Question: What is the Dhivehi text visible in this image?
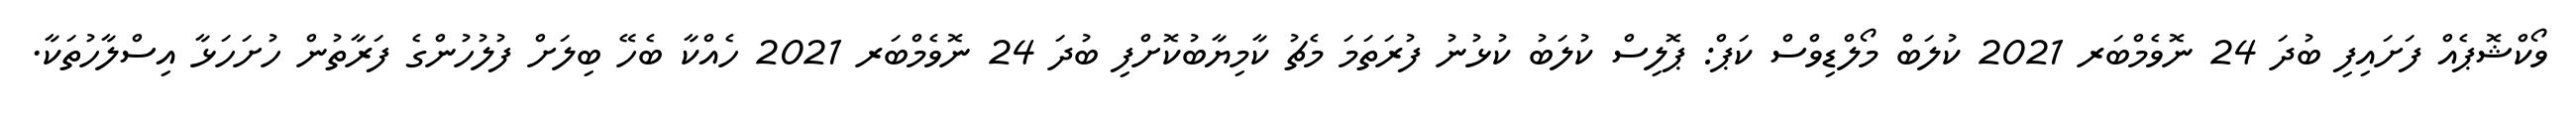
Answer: ވޯކްޝޮޕެއް ފަށައިފި ބުދަ 24 ނޮވެމްބަރ 2021 ކުލަބް މޯލްޑިވްސް ކަޕް: ޕޮލިސް ކުލަބު ކުޅުނު ފުރަތަމަ މެޗު ކާމިޔާބުކޮށްފި ބުދަ 24 ނޮވެމްބަރ 2021 ހެއްކާ ބެހޭ ބިލަށް ފުލުހުންގެ ފަރާތުން ހުށަހަޅާ އިސްލާހުތަކާ.